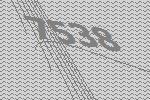
7538